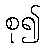
စု၍